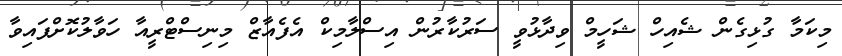
މިކަމާ ގުޅިގެން ޝެއިހް ޝަހީމް ވިދާޅުވީ ސަރުކާރުން އިސްލާމިކް އެފެއާޒް މިނިސްޓްރީއާ ހަވާލުކޮށްފައިވާ